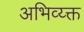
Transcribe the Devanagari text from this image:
अभिव्य्क्त